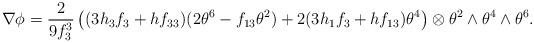
LaTeX: \begin{align*}\nabla \phi= \frac{2}{9f_3^3} \left( (3h_3f_3+h f_{33})( 2\theta^6- f_{13}\theta^2)+2(3h_1f_3+h f_{13})\theta^4\right)\otimes \theta^2\wedge\theta^4\wedge \theta^6.\end{align*}